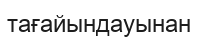
тағайындауынан